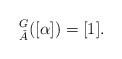
\begin{align*}^G_{\check{A}}([\alpha])=[1].\end{align*}